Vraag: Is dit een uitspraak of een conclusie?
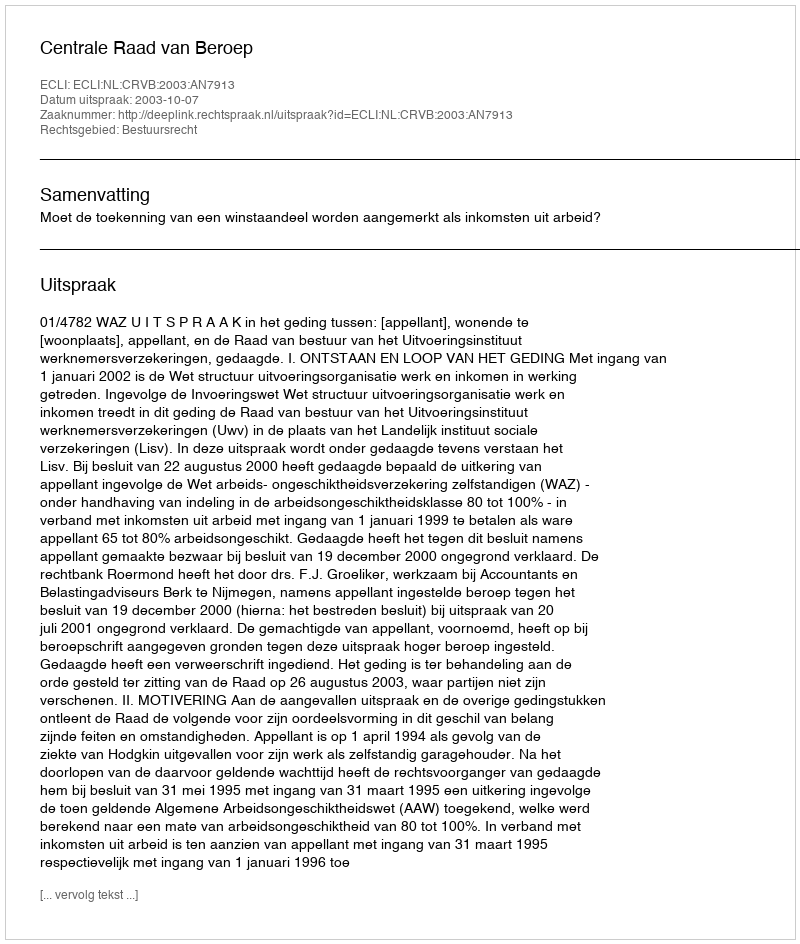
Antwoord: Uitspraak